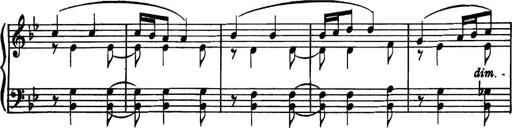
Title: Piano Sonatina in G minor
Composer: John Blackwood McEwen
Key: G minor